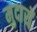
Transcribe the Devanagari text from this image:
मुदारों